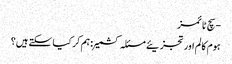
- سچ ٹائمز
ہوم کالم اور تجزیئے مسئلہ کشمیر : ہم کر کیا سکتے ہیں؟